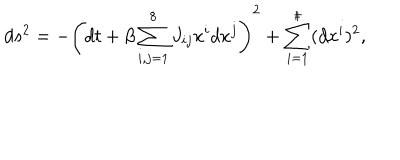
d s ^ { 2 } = - \left( d t + \beta \sum _ { i , j = 1 } ^ { 8 } J _ { i j } x ^ { i } d x ^ { j } \right) ^ { 2 } + \sum _ { i = 1 } ^ { \sharp } ( d x ^ { i } ) ^ { 2 } ,